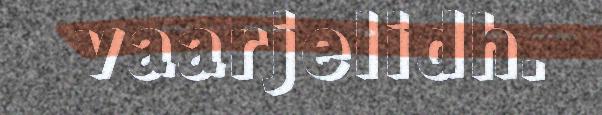
vaarjelidh.